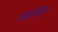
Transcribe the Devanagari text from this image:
व्यवस्थितन